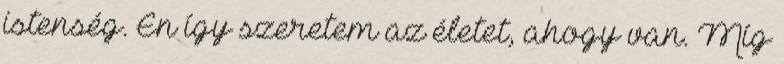
istenség. Én így szeretem az életet, ahogy van. Míg